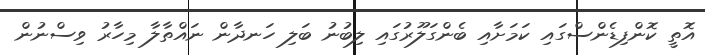
އޮތީ ކޮންފިޑެންސްގައި ކަމަށާއި ބެންގަލޫރުގައި ލިބުނު ބަލި ހަނދާން ނައްތާލާ މިހާރު ވިސްނުން